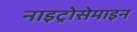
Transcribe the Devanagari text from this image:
नाइट्रोसेमाइन